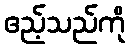
ဧည့်သည်ကို